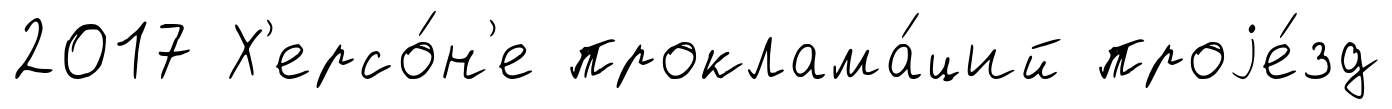
2017 Х'ерсо́н'е проклама́ций проjе́зд